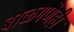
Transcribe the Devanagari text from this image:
बाळगणेही